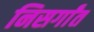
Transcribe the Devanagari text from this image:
निसर्गांत